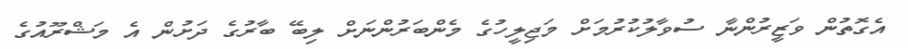
އެގޮތުން ވަޒީރުންނާ ސުވާލުކުރުމަށް މަޖިލީހުގެ މެންބަރުންނަށް ލިބޭ ބާރުގެ ދަށުން އެ މަޝްރޫއުގެ